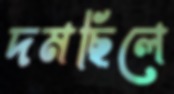
দমছিলে